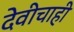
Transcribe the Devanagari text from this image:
देवीचाही